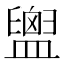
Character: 𪾙